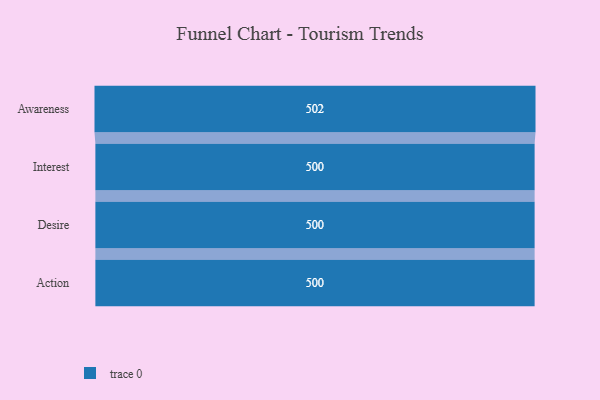
{"axis": {"x": "Stage", "y": "Value"}, "legend": [""], "data": [{"x": "Awareness", "y": 502.0, "type": ""}, {"x": "Interest", "y": 500, "type": ""}, {"x": "Desire", "y": 500, "type": ""}, {"x": "Action", "y": 500, "type": ""}]}